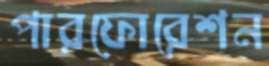
পারফোরেশন